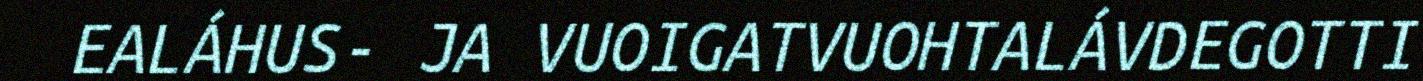
EALÁHUS- JA VUOIGATVUOHTALÁVDEGOTTI